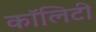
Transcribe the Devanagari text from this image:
कॉलिटी